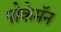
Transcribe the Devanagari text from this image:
पोकेमॅन